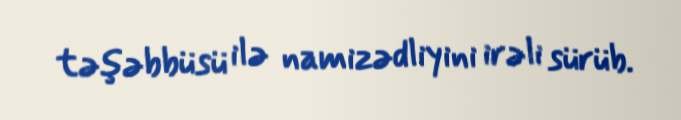
təşəbbüsü ilə namizədliyini irəli sürüb.